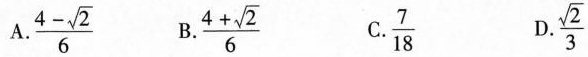
A.\frac{4- \sqrt{2}}{6} B.\frac{4+\sqrt{2}}{6} C.\frac{7}{18}